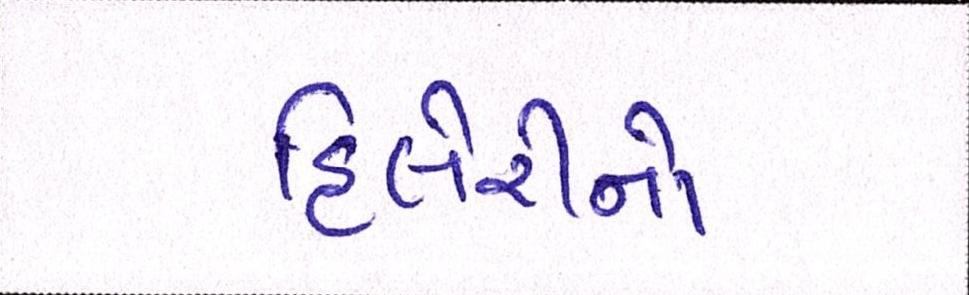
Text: હિલેરીનો